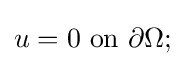
u=0{\text{ on }}\partial \Omega ;